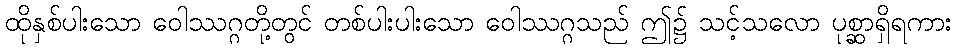
ထိုနှစ်ပါးသော ဝေါဿဂ္ဂတို့တွင် တစ်ပါးပါးသော ဝေါဿဂ္ဂသည် ဤ၌ သင့်သလော ပုစ္ဆာရှိရကား